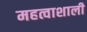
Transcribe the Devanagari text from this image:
महत्वाशाली